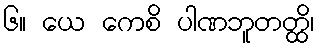
၆။ ယေ ကေစိ ပါဏဘူတတ္ထိ၊